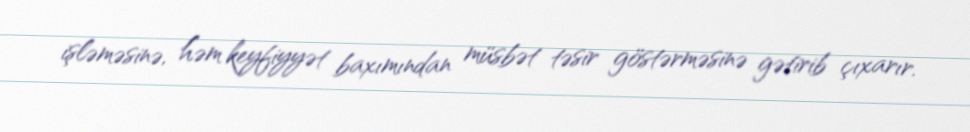
işləməsinə, həm keyfiyyət baxımından müsbət təsir göstərməsinə gətirib çıxarır.